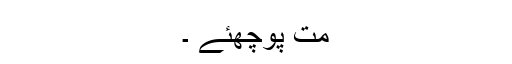
مت پوچھئے ۔